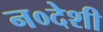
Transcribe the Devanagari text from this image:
न०देशी